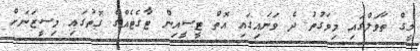
ލީގް ތާވަލްގައި މިވަގުތު ދެ ވަނައިގައި އޮތް ޓީސީއިން ޓާގެޓެއްގެ ގޮތުގައި މިސީޒަނަށް